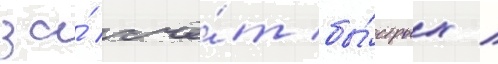
за́ счё́т бы́стрых /